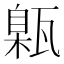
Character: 甈